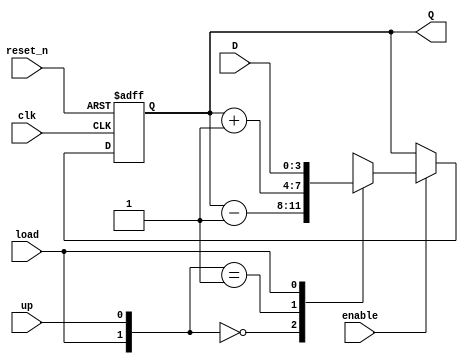
`timescale 1ns / 1ps
//////////////////////////////////////////////////////////////////////////////////
// Company: 
// Engineer: 
// 
// Design Name: 
// Module Name: udl_counter
// Project Name: 
// Target Devices: 
// Tool Versions: 
// Description: 
// 
// Dependencies: 
// 
// Revision:
// Revision 0.01 - File Created
// Additional Comments:
// 
//////////////////////////////////////////////////////////////////////////////////


module udl_counter
    #(parameter BITS = 4)(
    input clk,
    input reset_n,
    input enable,
    input up, //when asserted the counter is up counter; otherwise, it is a down counter
    input load,
    input [BITS - 1:0] D,
    output [BITS - 1:0] Q
    );
    
    reg [BITS - 1:0] Q_reg, Q_next;
    
    always @(posedge clk, negedge reset_n)
    begin
        if (~reset_n)
            Q_reg <= 'b0;
        else if(enable)
            Q_reg <= Q_next;
        else
            Q_reg <= Q_reg;
    end
    
    // Next state logic
    always @(Q_reg, up, load, D)
    begin
        Q_next = Q_reg;
        casex({load,up})
            2'b00: Q_next = Q_reg - 1;
            2'b01: Q_next = Q_reg + 1;
            2'b1x: Q_next = D;
            default: Q_next = Q_reg;
        endcase
        
    end
    
    // Output logic
    assign Q = Q_reg;
endmodule